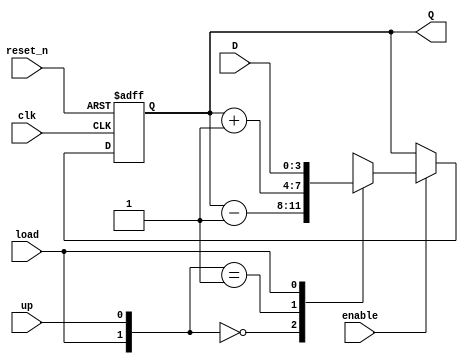
`timescale 1ns / 1ps
//////////////////////////////////////////////////////////////////////////////////
// Company: 
// Engineer: 
// 
// Design Name: 
// Module Name: udl_counter
// Project Name: 
// Target Devices: 
// Tool Versions: 
// Description: 
// 
// Dependencies: 
// 
// Revision:
// Revision 0.01 - File Created
// Additional Comments:
// 
//////////////////////////////////////////////////////////////////////////////////


module udl_counter
    #(parameter BITS = 4)(
    input clk,
    input reset_n,
    input enable,
    input up, //when asserted the counter is up counter; otherwise, it is a down counter
    input load,
    input [BITS - 1:0] D,
    output [BITS - 1:0] Q
    );
    
    reg [BITS - 1:0] Q_reg, Q_next;
    
    always @(posedge clk, negedge reset_n)
    begin
        if (~reset_n)
            Q_reg <= 'b0;
        else if(enable)
            Q_reg <= Q_next;
        else
            Q_reg <= Q_reg;
    end
    
    // Next state logic
    always @(Q_reg, up, load, D)
    begin
        Q_next = Q_reg;
        casex({load,up})
            2'b00: Q_next = Q_reg - 1;
            2'b01: Q_next = Q_reg + 1;
            2'b1x: Q_next = D;
            default: Q_next = Q_reg;
        endcase
        
    end
    
    // Output logic
    assign Q = Q_reg;
endmodule